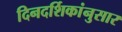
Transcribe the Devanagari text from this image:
दिनदर्शिकांनुसार